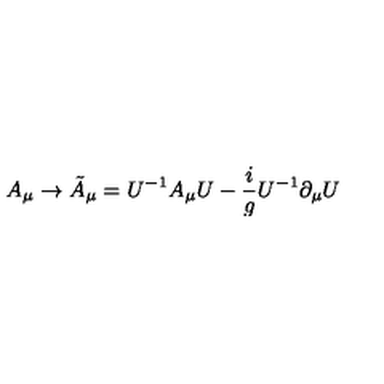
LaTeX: A _ { \mu } \rightarrow \tilde { A } _ { \mu } = U ^ { - 1 } A _ { \mu } U - { \frac { i } { g } } U ^ { - 1 } \partial _ { \mu } U